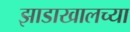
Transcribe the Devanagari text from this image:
झाडाखालच्या